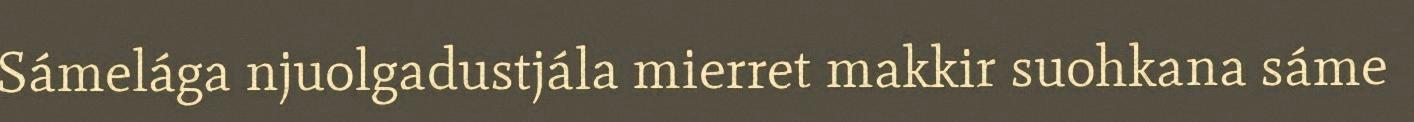
Sámelága njuolgadustjála mierret makkir suohkana sáme